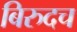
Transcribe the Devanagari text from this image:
बिरुदच